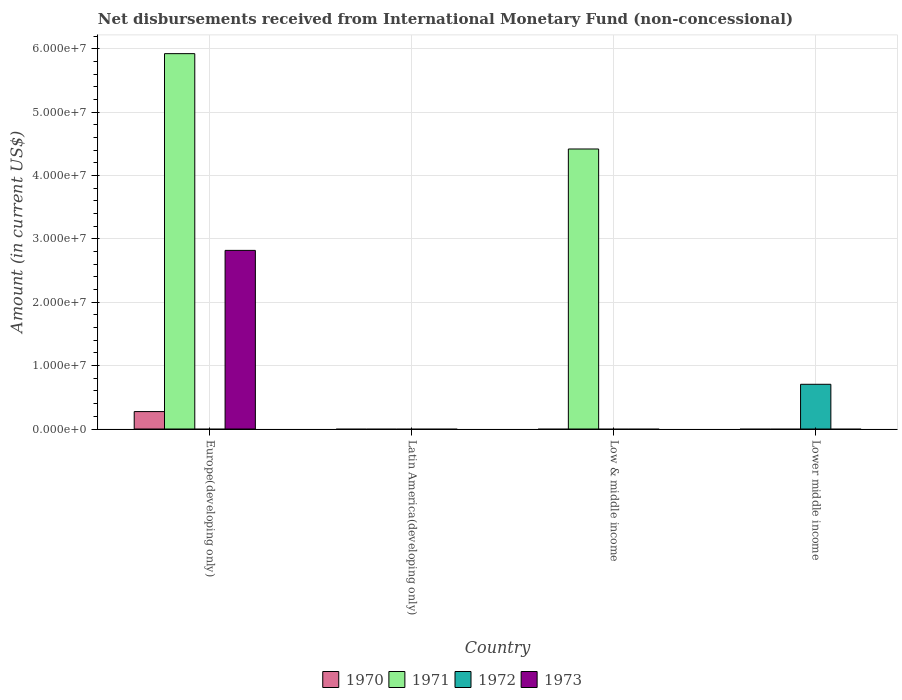
| Country | 1970 | 1971 | 1972 | 1973 |
 | --- | --- | --- | --- | --- |
 | Europe(developing only) | 2.75e+06 | 5.92e+07 | -7.98e+07 | 2.82e+07 |
 | Latin America(developing only) | -1.4e+08 | -2.61e+06 | -3.14e+07 | -1.25e+08 |
 | Low & middle income | -1.63e+08 | 4.42e+07 | -1.71e+07 | -1.37e+08 |
 | Lower middle income | -2.66e+07 | -2.57e+07 | 7.06e+06 | -5.09e+07 |